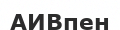
АИВпен